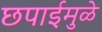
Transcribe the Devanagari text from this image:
छपाईमुळे